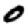
Digit: 0